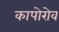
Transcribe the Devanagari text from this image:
कापोरोव